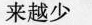
来越少